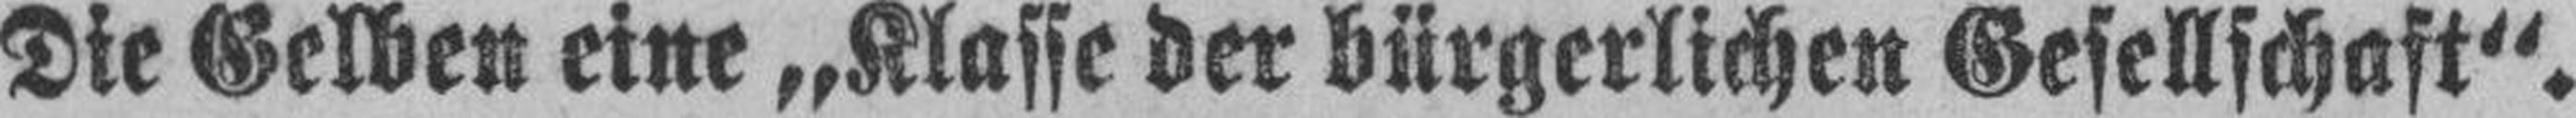
Die Gelben eine „Klasse der bürgerlichen Gesellschaft“.